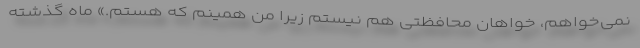
نمی‌خواهم، خواهان محافظتی هم نیستم زیرا من همینم كه هستم.» ماه گذشته